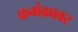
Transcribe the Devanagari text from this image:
क्रमंकावर